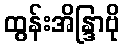
ထွန်းအိန္ဒြာဗို